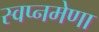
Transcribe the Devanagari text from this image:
स्वप्नमेणा